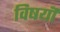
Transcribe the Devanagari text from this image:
विषयॊ